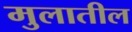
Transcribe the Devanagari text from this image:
मुलातील